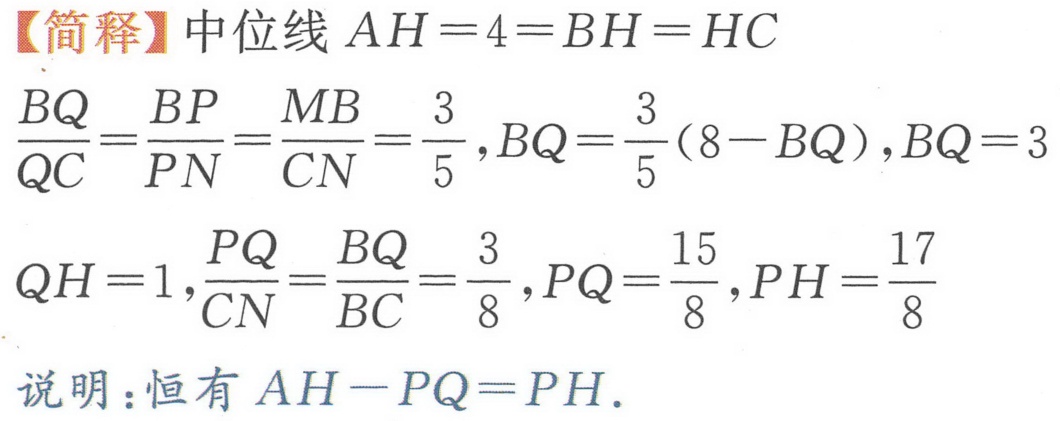
【简释】中位线 \(AH = 4=BH = HC\)
\(\frac{BQ}{QC}=\frac{BP}{PN}=\frac{MB}{CN}=\frac{3}{5},BQ = \frac{3}{5}(8 - BQ),BQ = 3\)
\(QH = 1,\frac{PQ}{CN}=\frac{BQ}{BC}=\frac{3}{8},PQ=\frac{15}{8},PH=\frac{17}{8}\)
说明：恒有 \(AH - PQ=PH\).